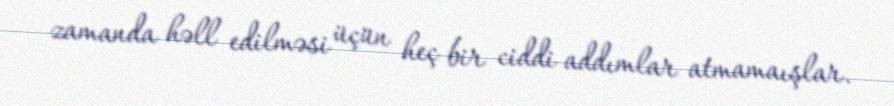
zamanda həll edilməsi üçün heç bir ciddi addımlar atmamaışlar.